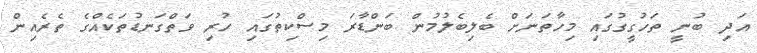
އަދި ބުނީ ތަހުގީގުގައި މިހާތަނަށް ބެލިބެލުމުން ބަންޑާރަ މިސްކިތުގައި ހުރި ވަތްގަނޑުތަކެއްގެ ތެރެއިން